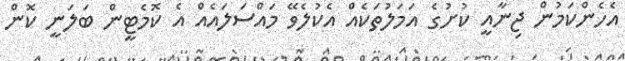
އެހެންކަމުން ޖިނާއީ ކުށުގެ އަމަލުތަކެއް އެކުލެވޭ މައްސަލައެއް އެ ކޮމެޓީން ބަލަނީ ކޮން